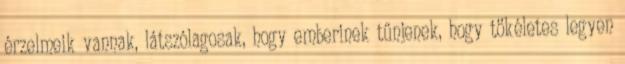
érzelmeik vannak, látszólagosak, hogy emberinek tűnjenek, hogy tökéletes legyen